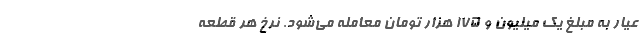
عیار به مبلغ یک میلیون و ۱۷۵ هزار تومان معامله می‌شود. نرخ هر قطعه